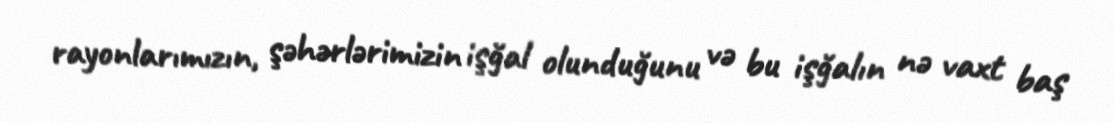
rayonlarımızın, şəhərlərimizin işğal olunduğunu və bu işğalın nə vaxt baş